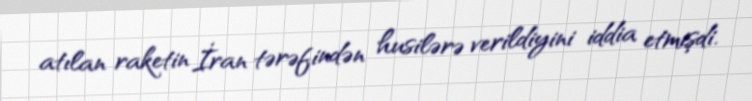
atılan raketin İran tərəfindən husilərə verildiyini iddia etmişdi.